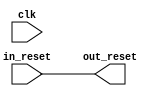
// soc_system_reset_in.v

// Generated using ACDS version 18.1 222

`timescale 1 ps / 1 ps
module soc_system_reset_in (
		input  wire  clk,       //       clk.clk
		input  wire  in_reset,  //  in_reset.reset
		output wire  out_reset  // out_reset.reset
	);

	assign out_reset = in_reset;

endmodule